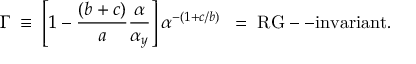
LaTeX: \Gamma \; \equiv \; \left[ 1 - { \frac { ( b + c ) } { a } } { \frac { \alpha } { \alpha _ { y } } } \right] \alpha ^ { - ( 1 + c / b ) } \; \; = \; \mathrm { R G - - i n v a r i a n t } .